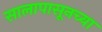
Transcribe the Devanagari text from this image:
सालापासूनच्या